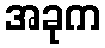
အခုက